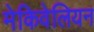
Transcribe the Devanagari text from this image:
मेकिवेलियन